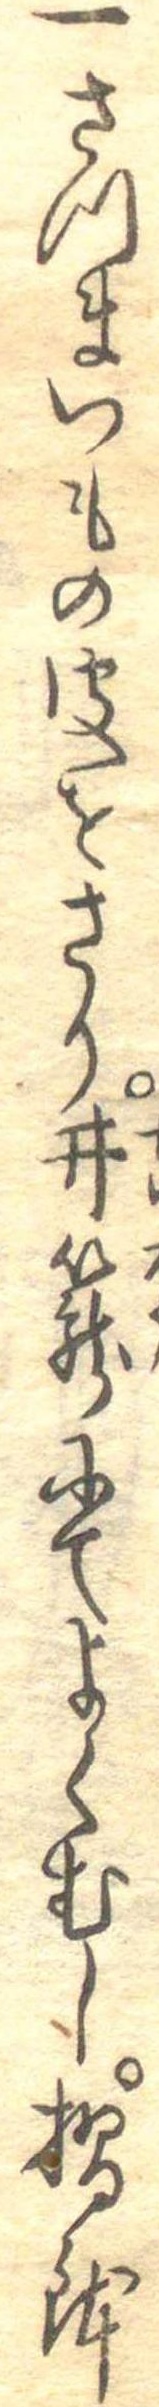
一さつまいもの皮をさり井篭にてよくむし摺鉢